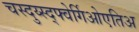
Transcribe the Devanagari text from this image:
चस्दुय्स्द्फ्वेर्गिओएतिअ